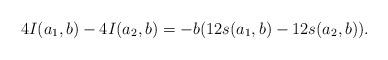
LaTeX: \begin{align*}4I(a_1,b)-4I(a_2,b)=-b(12s(a_1,b)-12s(a_2,b)).\end{align*}